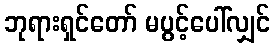
ဘုရားရှင်တော် မပွင့်ပေါ်လျှင်